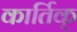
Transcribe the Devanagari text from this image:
कार्तिक्